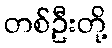
တစ်ဦးတို့